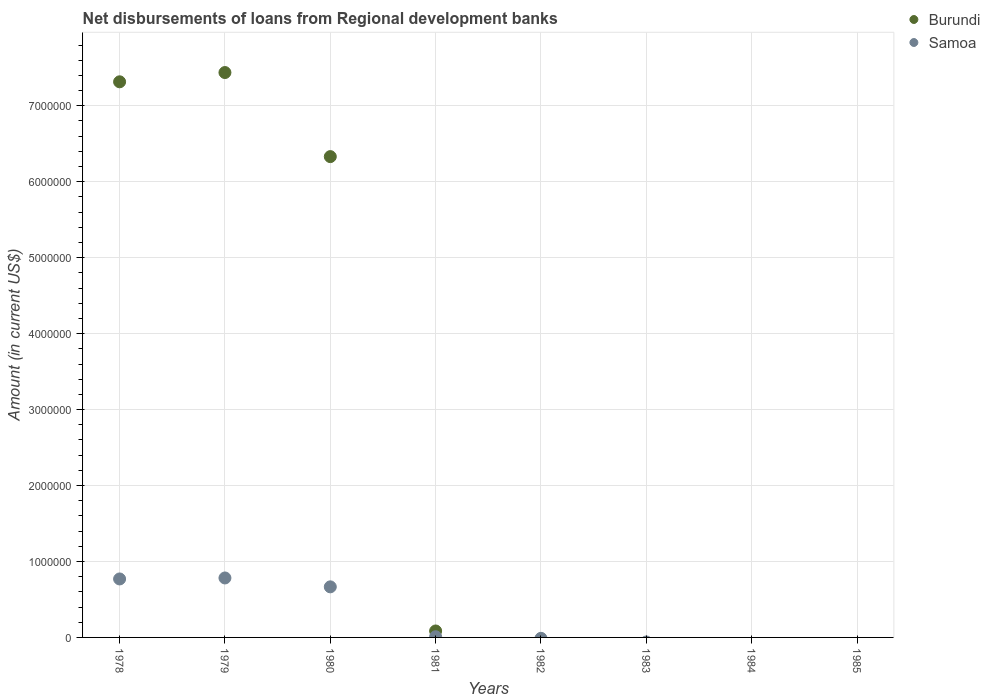
| Years | Burundi | Samoa |
 | --- | --- | --- |
 | 1978 | 7.32e+06 | 7.7e+05 |
 | 1979 | 7.44e+06 | 7.83e+05 |
 | 1980 | 6.33e+06 | 6.66e+05 |
 | 1981 | 8.5e+04 | 9e+03 |
 | 1982 | -1.12e+05 | -1.2e+04 |
 | 1983 | -5.68e+05 | -6e+04 |
 | 1984 | -1.62e+06 | -1.98e+05 |
 | 1985 | -3.17e+06 | -3.33e+05 |